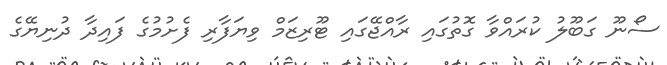
ސޯނޫ ގަބޫލު ކުރައްވާ ގޮތުގައި ރާއްޖޭގައި ޓޫރިޒަމް ވިޔަފާރި ފެށުމުގެ ފައިދާ ދުނިޔޭގެ